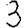
Digit: 3